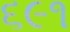
૬૯૧